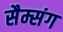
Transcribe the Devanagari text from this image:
सैम्संग